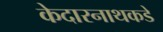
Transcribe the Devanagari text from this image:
केदारनाथकडे